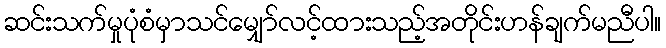
ဆင်းသက်မှုပုံစံမှာသင်မျှော်လင့်ထားသည့်အတိုင်းဟန်ချက်မညီပါ။